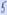
Text: 5